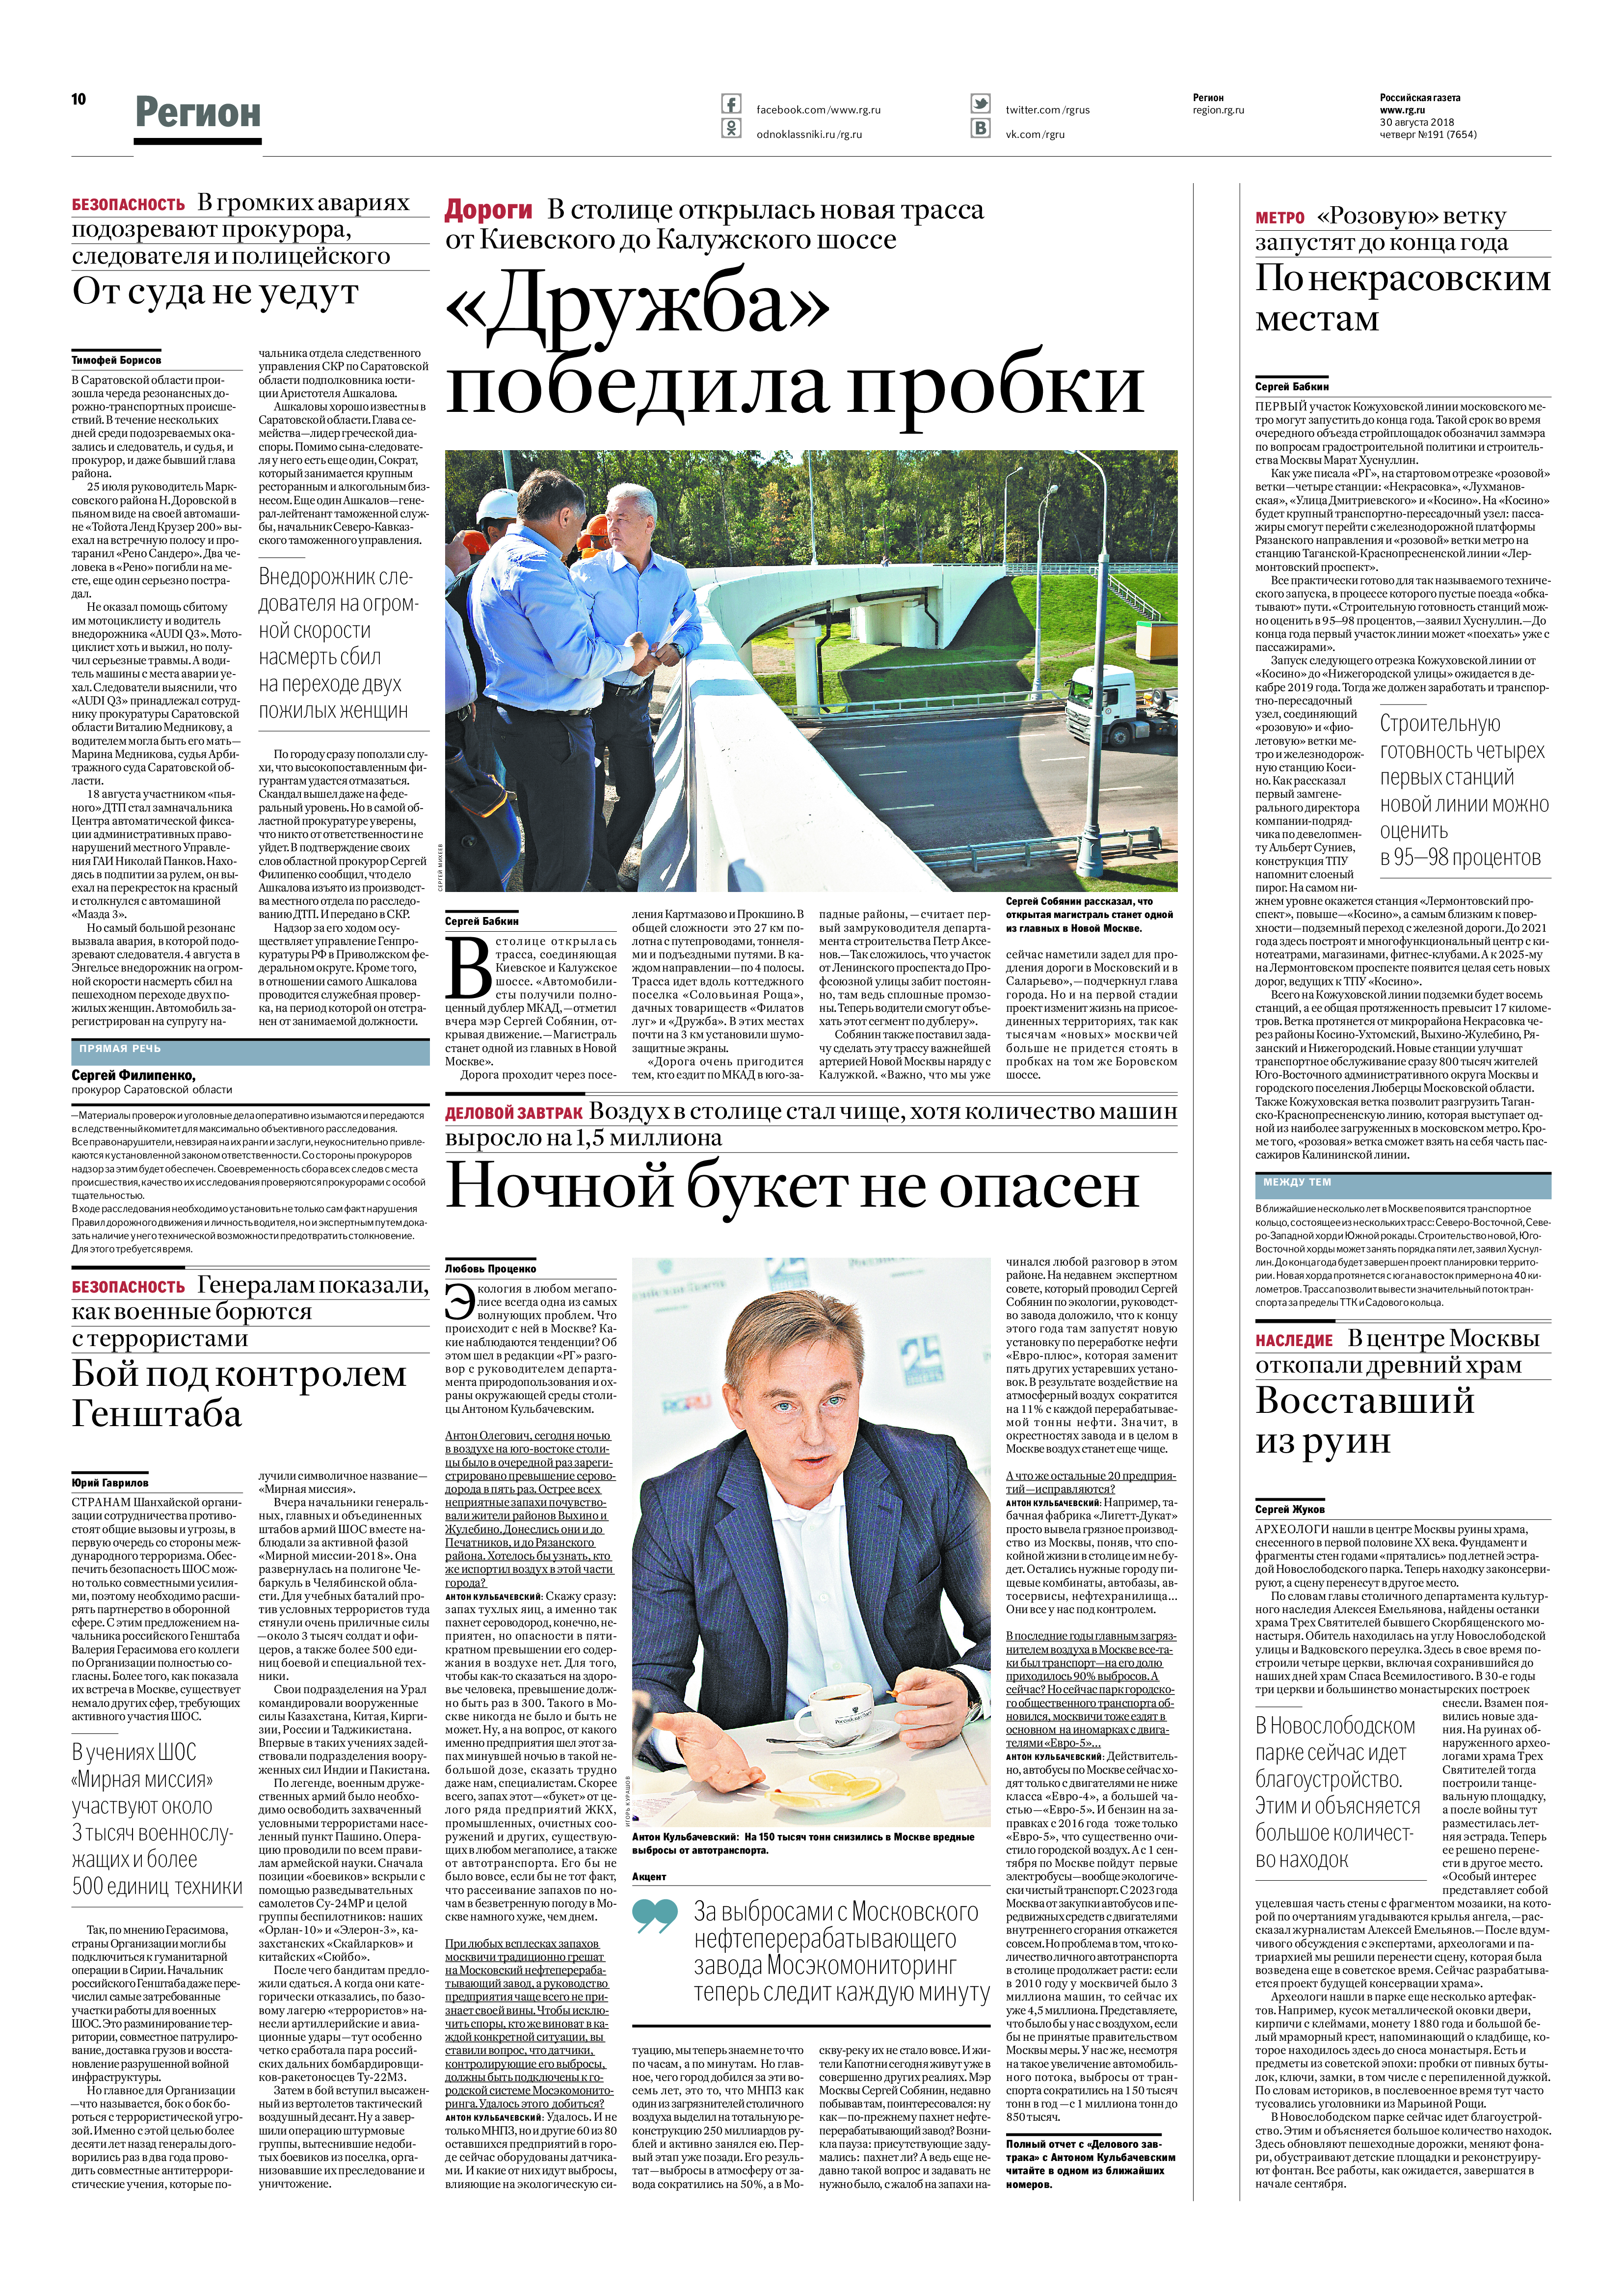
Language: ru